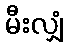
မီးလျှံ